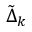
\tilde { \Delta } _ { k }